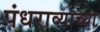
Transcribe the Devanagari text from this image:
पंधराव्याच्या